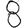
Digit: 8